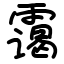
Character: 霭